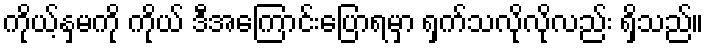
ကိုယ့်နှမကို ကိုယ် ဒီအကြောင်းပြောရမှာ ရှက်သလိုလိုလည်း ရှိသည်။